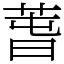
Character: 萅